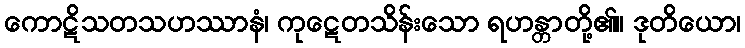
ကောဋိသတသဟဿာနံ၊ ကုဋေတသိန်းသော ရဟန္တာတို့၏။ ဒုတိယော၊